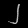
Digit: ၂